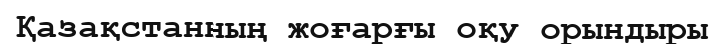
Қазақстанның жоғарғы оқу орындыры